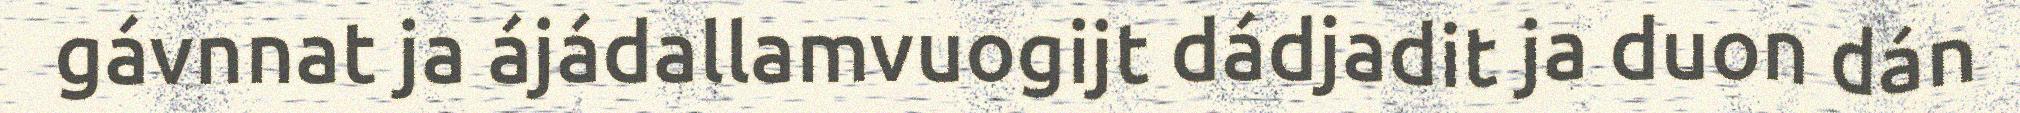
gávnnat ja ájádallamvuogijt dádjadit ja duon dán